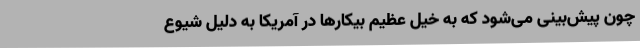
چون پیش‌بینی می‌شود که به خیل عظیم بیکارها در آمریکا به دلیل شیوع